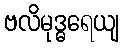
ဗလိမုဒ္ဓရေယျ